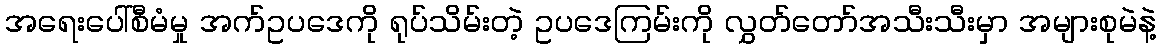
အရေးပေါ်စီမံမှု အက်ဥပဒေကို ရုပ်သိမ်းတဲ့ ဥပဒေကြမ်းကို လွှတ်တော်အသီးသီးမှာ အများစုမဲနဲ့